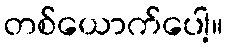
တစ်ယောက်ပေါ့။